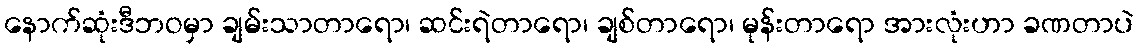
နောက်ဆုံးဒီဘဝမှာ ချမ်းသာတာရော၊ ဆင်းရဲတာရော၊ ချစ်တာရော၊ မုန်းတာရော အားလုံးဟာ ခဏတာပဲ